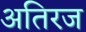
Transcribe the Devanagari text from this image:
अतिरज